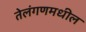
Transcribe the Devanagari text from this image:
तेलंगणमधील